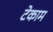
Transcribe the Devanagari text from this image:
टेकाम